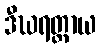
ဒီဃရတ္တာယ